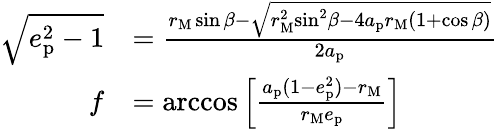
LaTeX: \begin{array}{rl}{\sqrt{{{e}_{\mathrm{p}}^{2}}-1}}&{=\frac{{{r}_{\mathrm{M}}}\sin\beta-\sqrt{{r}_{\mathrm{M}}^{2}{{\sin}^{2}}\beta-4a_{\mathrm{p}}{{r}_{\mathrm{M}}}(1+\cos\beta)}}{2a_{\mathrm{p}}}}\\ {f}&{=\operatorname{arccos}\left[\frac{a_{\mathrm{p}}(1-{{e}_{\mathrm{p}}^{2}})-{{r}_{\mathrm{M}}}}{{{r}_{\mathrm{M}}}e_{\mathrm{p}}}\right]}\end{array}